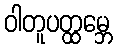
ဝါတူပတ္ထမ္ဘေ